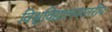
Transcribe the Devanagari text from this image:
विश्वविद्यालयस्तरीय